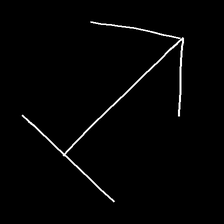
Glyph: levitation